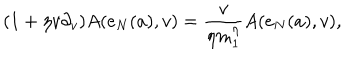
( 1 + \eta v \partial _ { v } ) A ( e _ { N } ( a ) , v ) = { \frac { v } { \eta m _ { 1 } ^ { \eta } } } A ( e _ { N } ( a ) , v ) ,